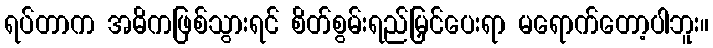
ရပ်တာက အဓိကဖြစ်သွားရင် စိတ်စွမ်းရည်မြှင်ပေးရာ မရောက်တော့ပါဘူး။